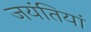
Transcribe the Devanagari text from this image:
जयंतियां